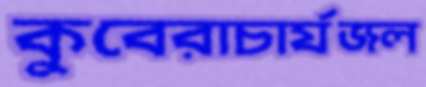
কুবেরাচার্যজল